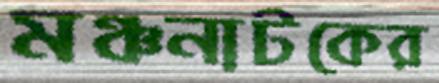
মঞ্চনাটকের